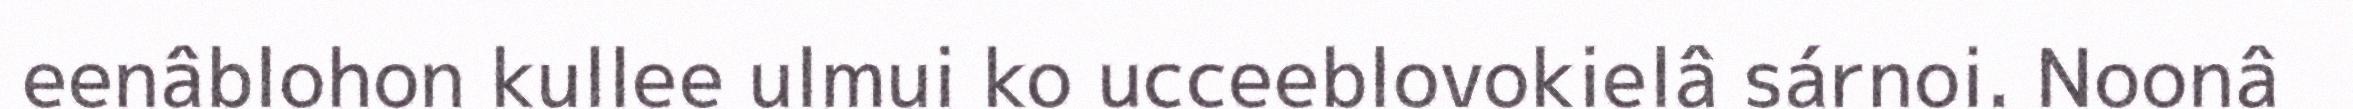
eenâblohon kullee ulmui ko ucceeblovokielâ sárnoi. Noonâ